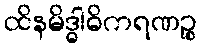
ထိနမိဒ္ဓါဓိကရဏဉ္စ